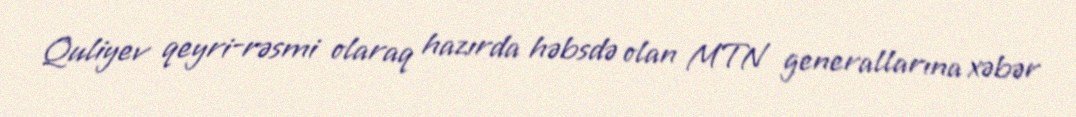
Quliyev qeyri-rəsmi olaraq hazırda həbsdə olan MTN generallarına xəbər